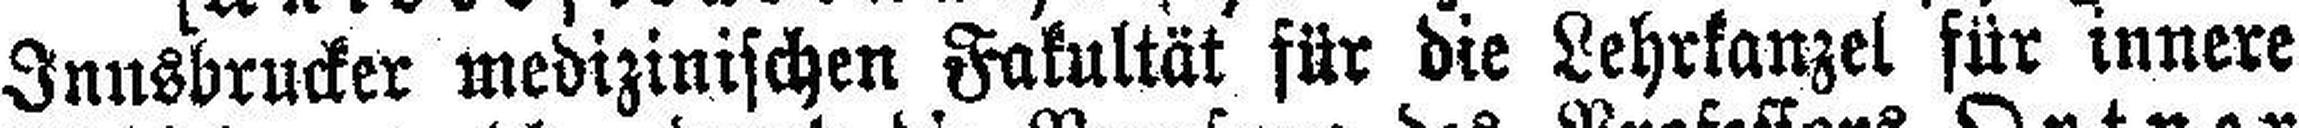
Innsbrucker medizinischen Fakultät für die Lehrkanzel für innere